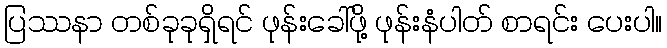
ပြဿနာ တစ်ခုခုရှိရင် ဖုန်းခေါ်ဖို့ ဖုန်းနံပါတ် စာရင်း ပေးပါ။